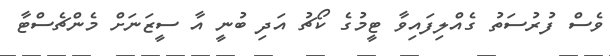
ވެސް ފުރުސަތު ގެއްލިފައިވާ ޓީމުގެ ކޯޗު އަދި ބުނީ އާ ސީޒަނަށް މެންޗެސްޓާ